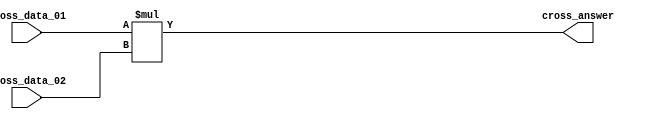

module Cross(cross_data_01,cross_data_02,cross_answer);

//I/O ports
input  [32-1:0]  cross_data_01;
input  [32-1:0]	 cross_data_02;
output [32-1:0]  cross_answer;

//Internal Signals
wire   [64-1:0]	 sum_temp;
wire   [32-1:0]  sum_o;

/////////////////cross/////////////////////////
assign sum_temp = cross_data_01 * cross_data_02;
assign cross_answer = sum_temp[32-1:0];

endmodule